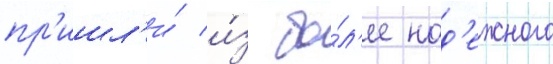
пр'ишл'и́ и́з бо́л'ее над'ежного